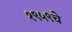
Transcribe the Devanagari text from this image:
१९५९चे